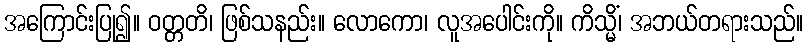
အကြောင်းပြု၍။ ဝတ္တတိ၊ ဖြစ်သနည်း။ လောကော၊ လူအပေါင်းကို။ ကိသ္မိံ၊ အဘယ်တရားသည်။